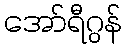
အော်ရီဂွန်